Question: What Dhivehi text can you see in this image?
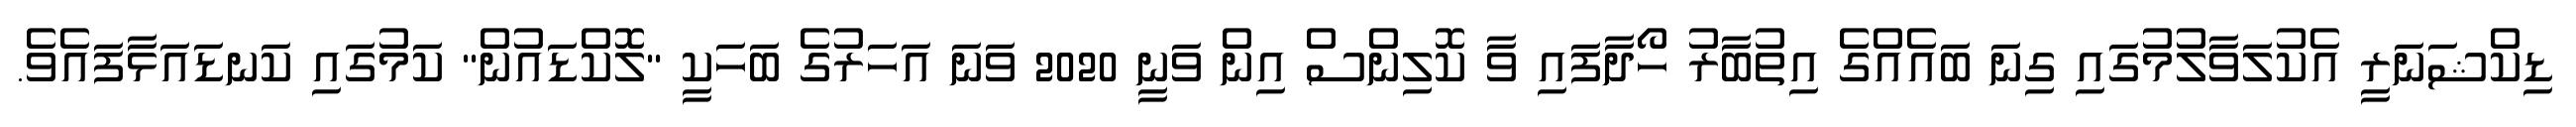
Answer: ޑިކްޝަނަރީ އެކުލަވާލުމުގައި ގިނަ ބައެއްގެ އިތުބާރު ހޯދާފައި ވާ ކޮލިންސް އިން ވަނީ 2020 ވަނަ އަހަރުގެ ބަހަކީ "ލޮކްޑައުން" ކަމުގައި ކަނޑައަޅާފައެވެ.